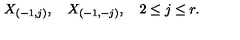
X _ { ( - 1 , j ) } , \quad X _ { ( - 1 , - j ) } , \quad 2 \leq j \leq r .